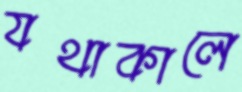
যথাকালে